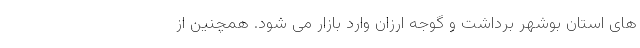
های استان بوشهر برداشت و گوجه ارزان وارد بازار می شود. همچنین از